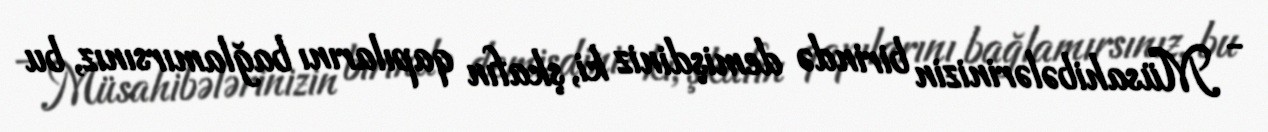
- Müsahibələrinizin birində demişdiniz ki, şkafın qapılarını bağlamırsınız, bu